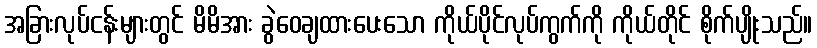
အခြားလုပ်ငန်းများတွင် မိမိအား ခွဲဝေချထားပေးသော ကိုယ်ပိုင်လုပ်ကွက်ကို ကိုယ်တိုင် စိုက်ပျိုးသည်။